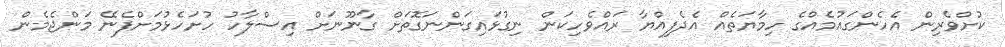
ކުށްވެރިން އެހެންގައުމެއްގެ ހިމާޔަތެއް އެދެފިއްޔާ ރައްވެހިކަން ނިގުޅައިގަންނަގޮތަށް ގާނޫނަށް އިސްލާހު ހުށަހެޅުމަށްފެނޭ މަންޖެމެން